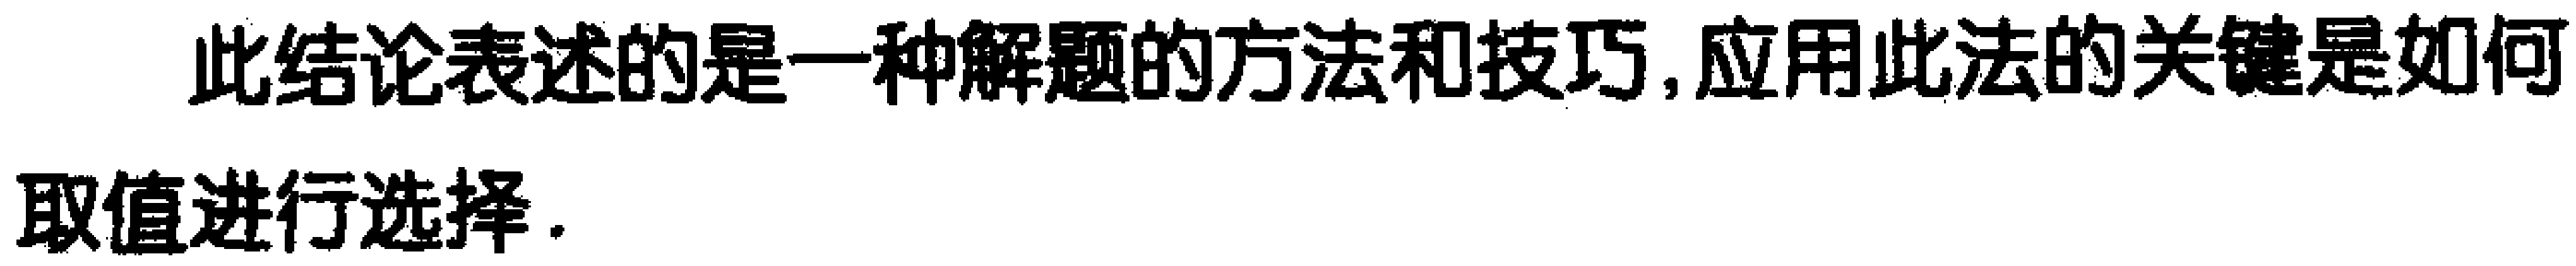
此结论表述的是一种解题的方法和技巧,应用此法的关键是如何取值进行选择.